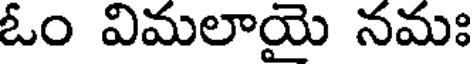
ఓం విమలాయై నమః